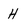
Character: H